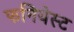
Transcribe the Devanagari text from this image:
फनियेस्ट